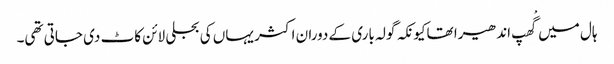
ہال میں گْھپ اندھیرا تھاکیونکہ گولہ باری کے دوران اکثر یہاں کی بجلی لائن کاٹ دی جاتی تھی۔